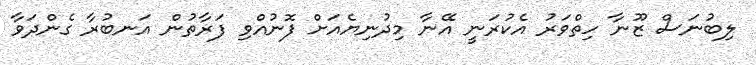
ލިބުނަސް ޒޫނާ ހިތްވަރު އެކުރަނީ އޭނާ މިދުނިޔެއަށް ފޮނުއްވި ފަރާތުން އަނބުރާ ގެންދަވާ